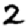
Digit: 2